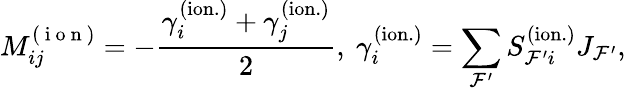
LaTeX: M_{ij}^{(\mathrm{~i~o~n~})}=-\frac{\gamma_{i}^{\mathrm{(ion.)}}+\gamma_{j}^{\mathrm{(ion.)}}}{2},\ \gamma_{i}^{\mathrm{(ion.)}}=\sum_{\mathcal{F}^{\prime}}S_{\mathcal{F}^{\prime}i}^{(\mathrm{ion.})}J_{\mathcal{F}^{\prime}},